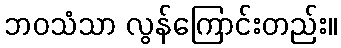
ဘဝသံသာ လွန်ကြောင်းတည်း။